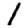
Digit: 1